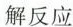
解反应